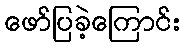
ဖော်ပြခဲ့ကြောင်း